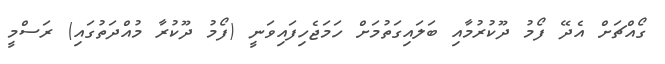
ގޯއްޗަށް އެދޭ ފޯމު ދޫކުރުމާއި ބަލައިގަތުމަށް ހަމަޖެހިފައިވަނީ (ފޯމު ދޫކުރާ މުއްދަތުގައި) ރަސްމީ